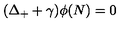
( \Delta _ { + } + \gamma ) \phi ( N ) = 0